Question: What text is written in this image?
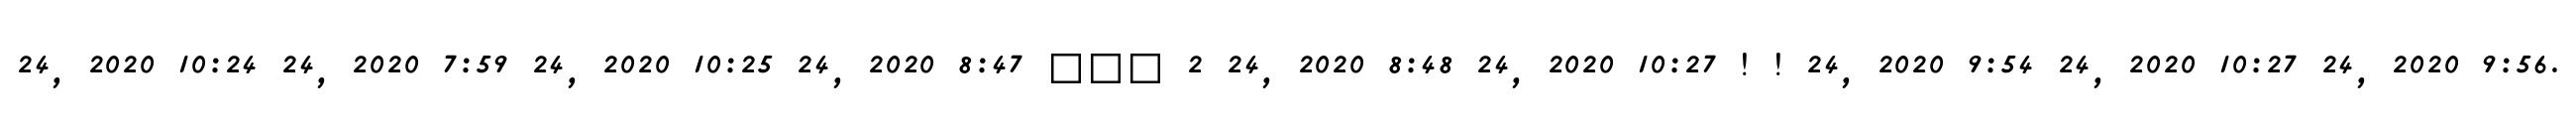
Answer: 24, 2020 10:24 24, 2020 7:59 24, 2020 10:25 24, 2020 8:47 ??? 2 24, 2020 8:48 24, 2020 10:27 ! ! 24, 2020 9:54 24, 2020 10:27 24, 2020 9:56.